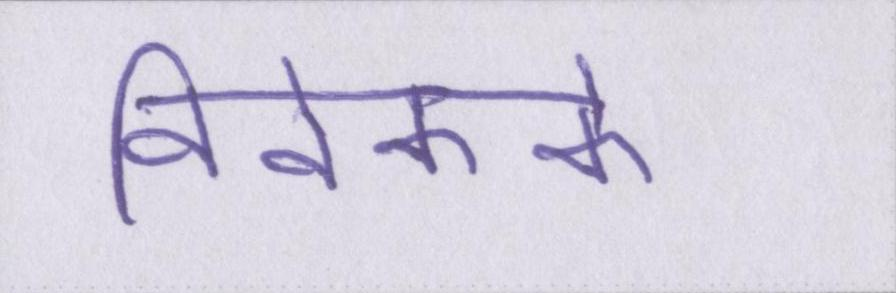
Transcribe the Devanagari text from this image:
विवेकके